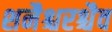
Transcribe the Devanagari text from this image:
शनैश्चरश्चैव